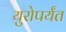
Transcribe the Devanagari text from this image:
युरोपर्यंत